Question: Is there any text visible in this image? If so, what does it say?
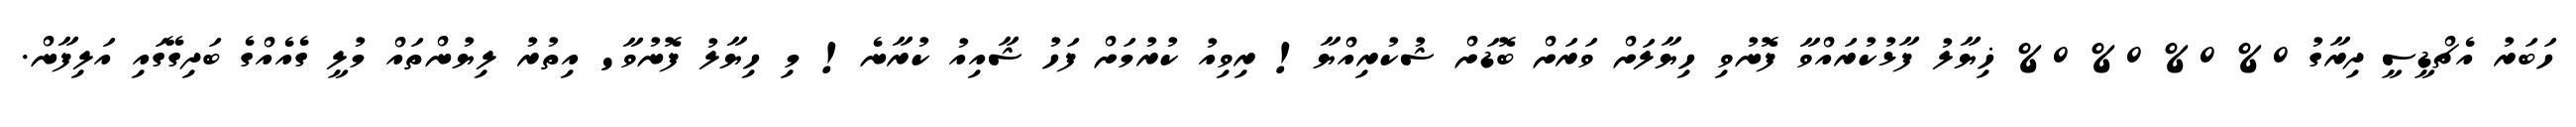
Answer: ހަބަރު އެޗްޑީސީ ދިރާގު 0% 0% 0% 0% ޚިޔާލު ފާޅުކުރައްވާ ފޮނުވި ހިޔާލަށް ވަރަށް ބޮޑަށް ޝުކުރިއްޔާ! ރިވިއު ކުރުމަށް ފަހު ޝާއިއު ކުރާނެ! މި ހިޔާލު ފޮނުވާ' އިތުރު ލިޔުންތައް މުލީ ގެއެއްގެ ބަދިގޭގައި އަލިފާން.